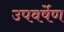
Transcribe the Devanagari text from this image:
उपवर्षेण